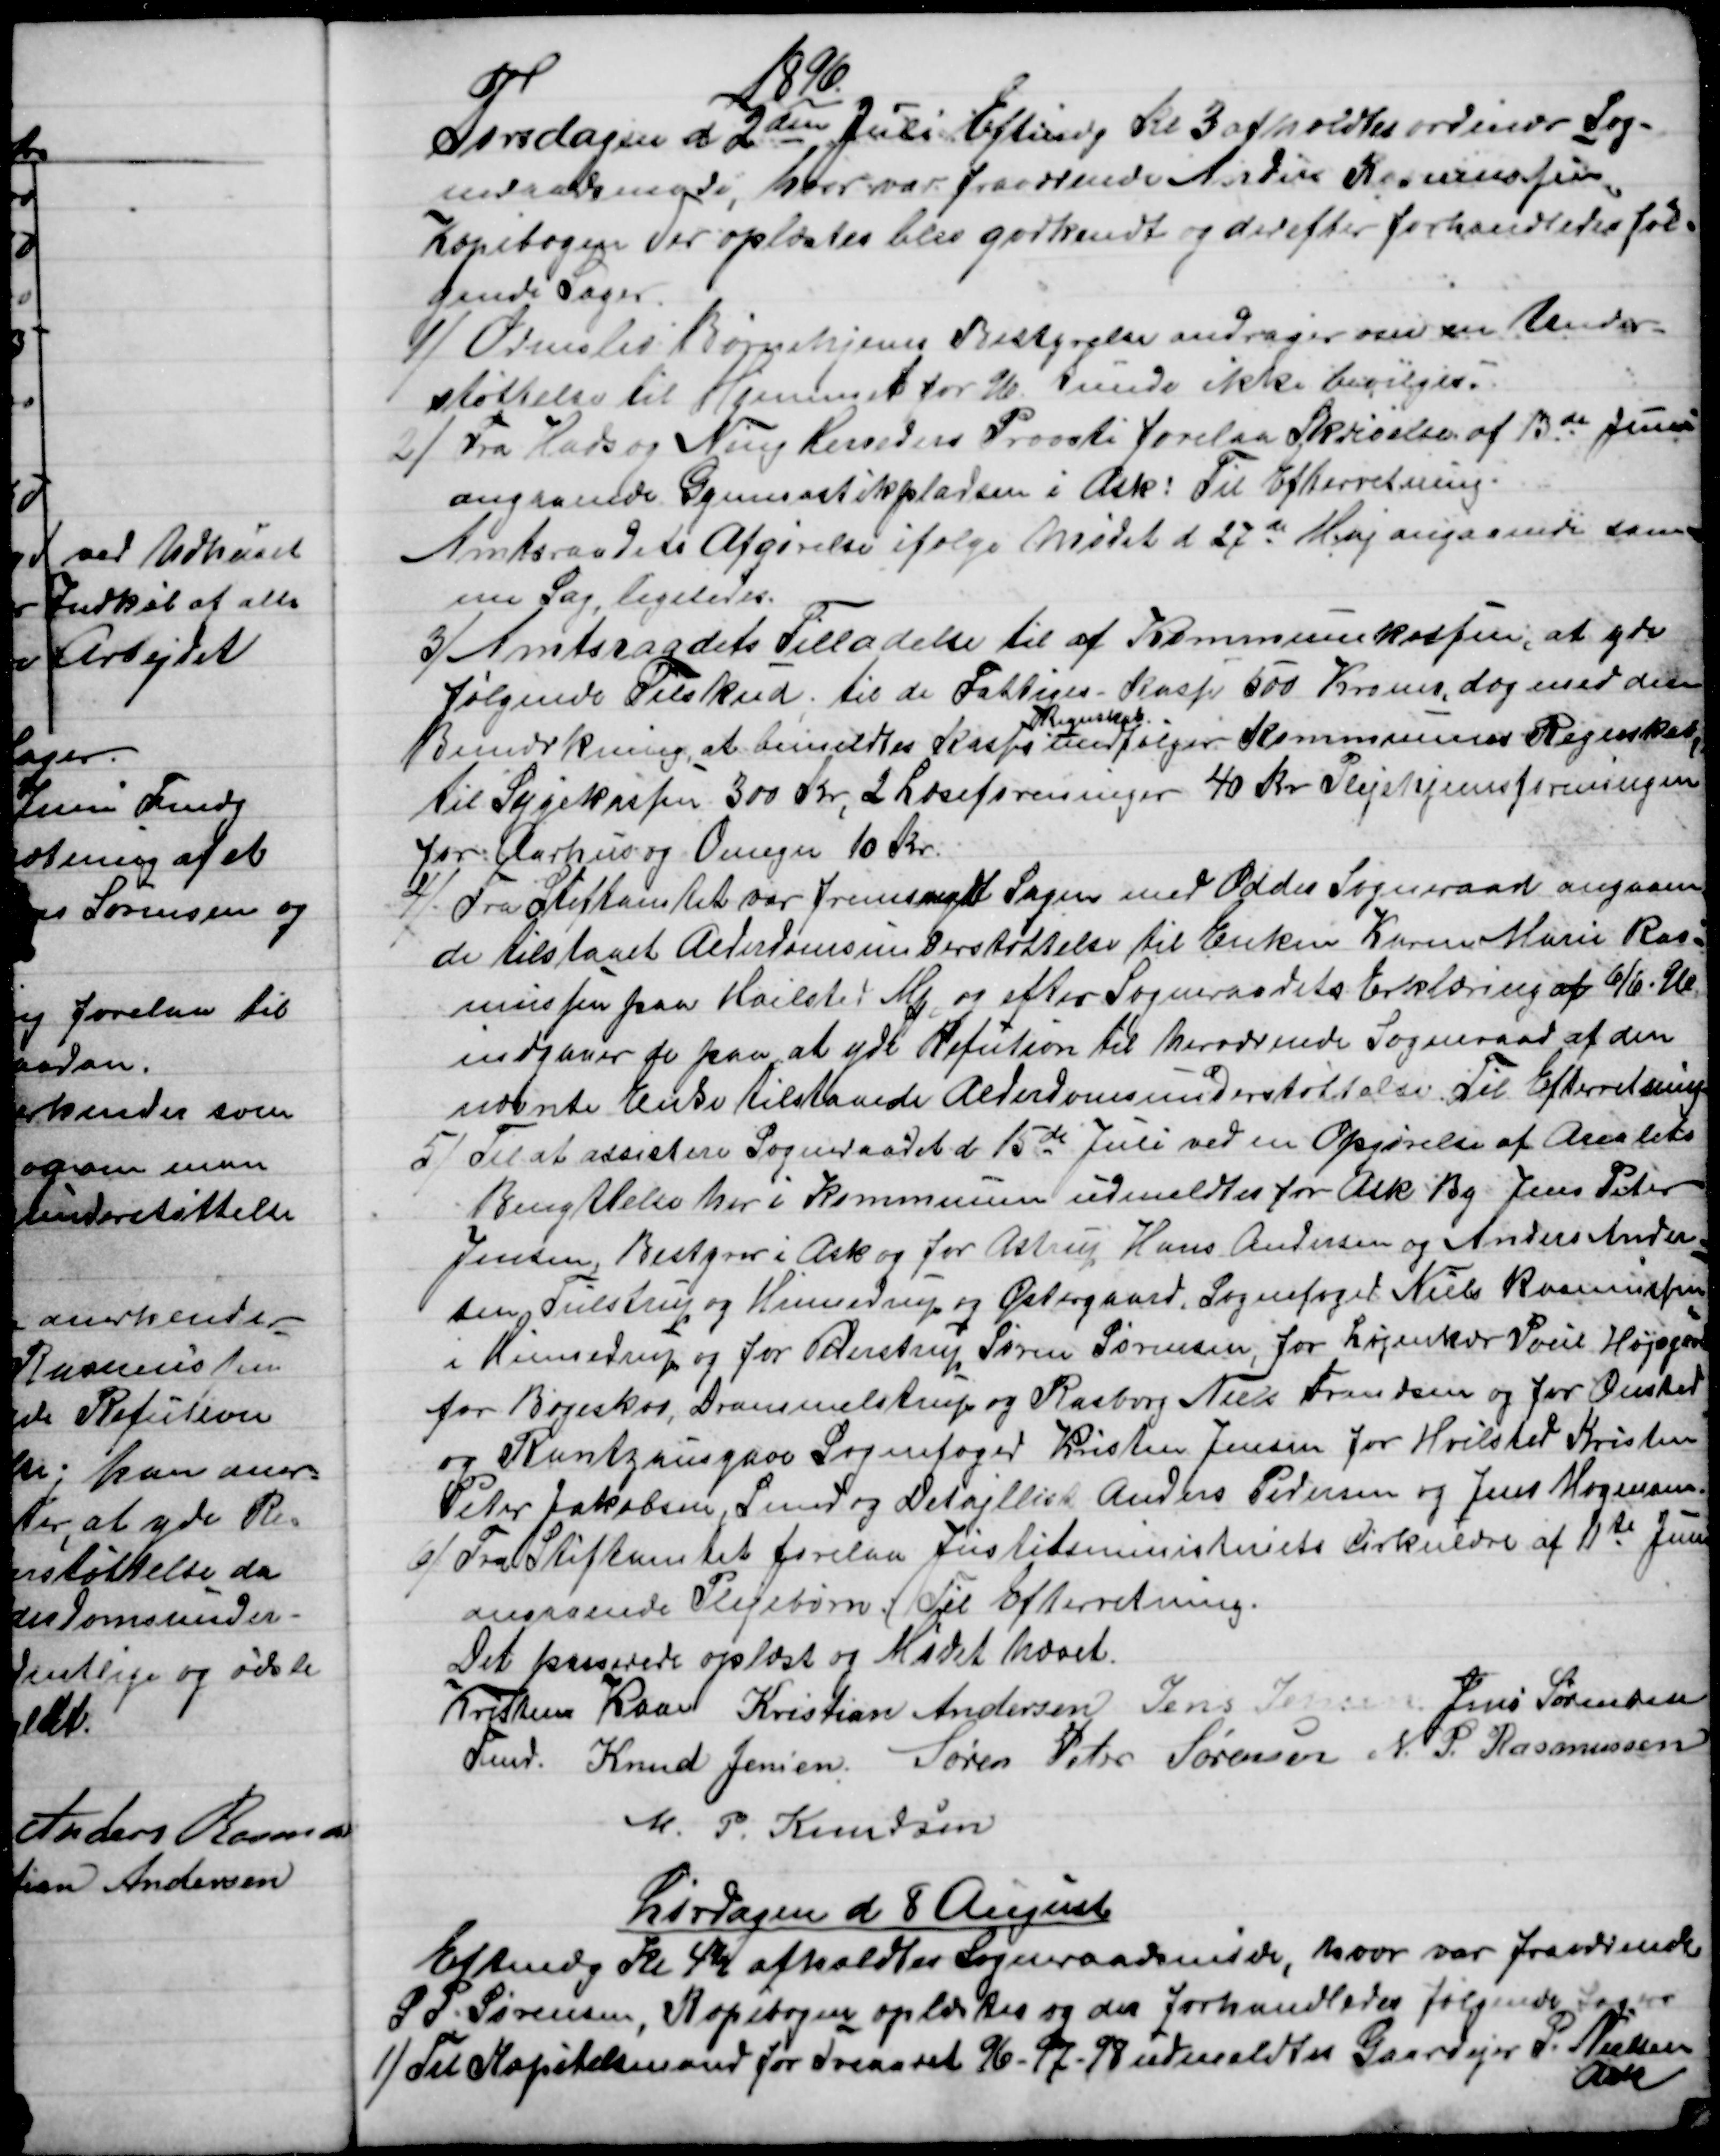
Transskription:
1896
Tirsdagen d. 2den Juli Eftmdg Kl 3 afholdtes ordinær Sog-
neraadsmøde, hvor var fraværende Anders Rasmussen
Kopibogen der oplæstes blev godkendt og derefter forhandledes føl=
gende sager.
1) 
Ormslev Børnehjems Bestyrelse andrager om en Under-
støttelse til Hjemmet for 96. kunde ikke bevilges.
2) 
Fra Hads og Ning Herreders Provsti forelaa Skrivelse af 13de Juni
angaaende Gymnastikpladsen i Ask: Til Efterretning.
Amtsraadets Afgørelse ifølge Mødet d 27de Maj angaaende sam=
me Sag, ligeledes.
3) 
Amtsraadets Tilladelse til af Kommunekassen, at yde
følgende Tilskud til de Fattiges-Kasse 500 Kroner, dog med den
Bemærkning, at bemeldtes Kasses 
Regnskab
medfølger Kommunens Regnskab,
til Sygekassen 300 Kr, 2 Læseforeninger 40 Kr. Plejehjemsforeningen
for Aarhus og Omegn 10 Kr.
4)
Fra Stiftamtet var fremsendt Sagen med Odder Sogneraad angaaen
de tilstaaet Alderdomsunderstøttelse til Enken Karen Marie Ras=
mussen paa Hvilsted Mk. og efter Sogneraadets Erklæring af 6/6. 96
indgaaer de paa at yde Refution til herværende Sogneraad af den
nævnte Enke tilstaaede Alderdomsunderstøttelse. Til Efterretning.
5)
Til at assistere Sogneraadet d. 15de Juli ved en Opgørelse af Arealets
Benyttelse her i Kommunen udmeldtes for Ask By Jens Peter
Jensen, Bestyrer i Ask og for Astrup Hans Andersen og Anders Ander
=
sen Tulstrup og Hinnedrup og Østergaard. Sognefoged Niels Rasmussen
i Hinnedrup og for Pederstrup Søren Sørensen, for Løjenkær Poul Højsgaard
for Bøgeskov, Drammelstrup og Rasborg Niels Frandsen og for Onsted
og Rantzausgave Sognefoged Kristen Jensen for Hvilsted Kristen
Peter Jakobsen, Smed og Detajllist Anders Pedersen og Jens Mogensen.
6) 
Fra Stiftamtet forelaa Justitsministeriets Cirkulære af 11te Juni
angaaende Plejebørn. Til Efterretning.
Det passerede oplæst og Mødet hævet.
Kristen Kaae 
Fmd. 
Kristian Andersen Jens Jensen. Jens Sørensen
Knud Jensen. Søren Peter Sørensen N. P. Rasmussen
M. P. Knudsen
Lørdagen d. 8 August
Eftmdg Kl 4½ afholdtes Sogneraadsmøde, hvor var frarværende
S. P. Sørensen, Kopibogen oplæstes og der forhandledes følgende Sager
1)
Til Kapitelsmand for Treaaret 96 - 97 - 98 udmeldtes Gaardejer P. Nielsen
Ask